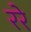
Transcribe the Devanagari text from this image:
ररे